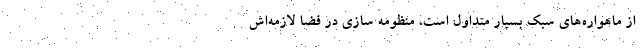
از ماهواره‌های سبک بسیار متداول است،‌ منظومه سازی در فضا لازمه‌اش